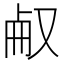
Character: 㕟